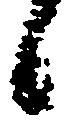
候